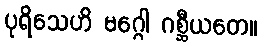
ပုရိသေဟိ မဂ္ဂေါ ဂစ္ဆီယတေ။